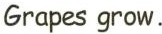
Grapes grow.